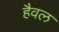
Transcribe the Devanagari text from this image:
हैवल